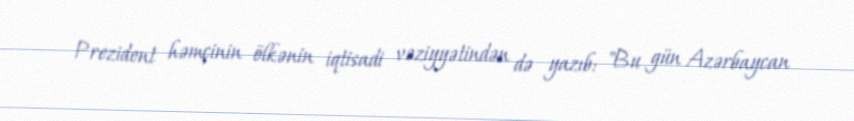
Prezident həmçinin ölkənin iqtisadi vəziyyətindən də yazıb: "Bu gün Azərbaycan